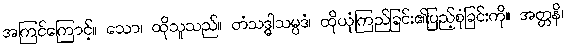
အကြင်ကြောင့်။ သော၊ ထိုသူသည်။ တံသဒ္ဓါသမ္ပဒံ၊ ထိုယုံကြည်ခြင်း၏ပြည့်စုံခြင်းကို။ အတ္တနိ၊